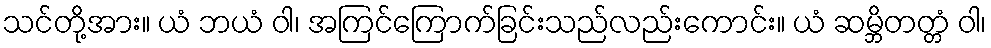
သင်တို့အား။ ယံ ဘယံ ဝါ၊ အကြင်ကြောက်ခြင်းသည်လည်းကောင်း။ ယံ ဆမ္ဘိတတ္တံ ဝါ၊